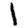
Digit: 1